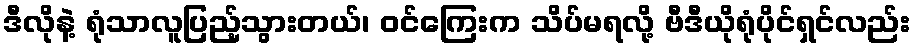
ဒီလိုနဲ့ ရုံသာလူပြည့်သွားတယ်၊ ဝင်ကြေးက သိပ်မရလို့ ဗီဒီယိုရုံပိုင်ရှင်လည်း